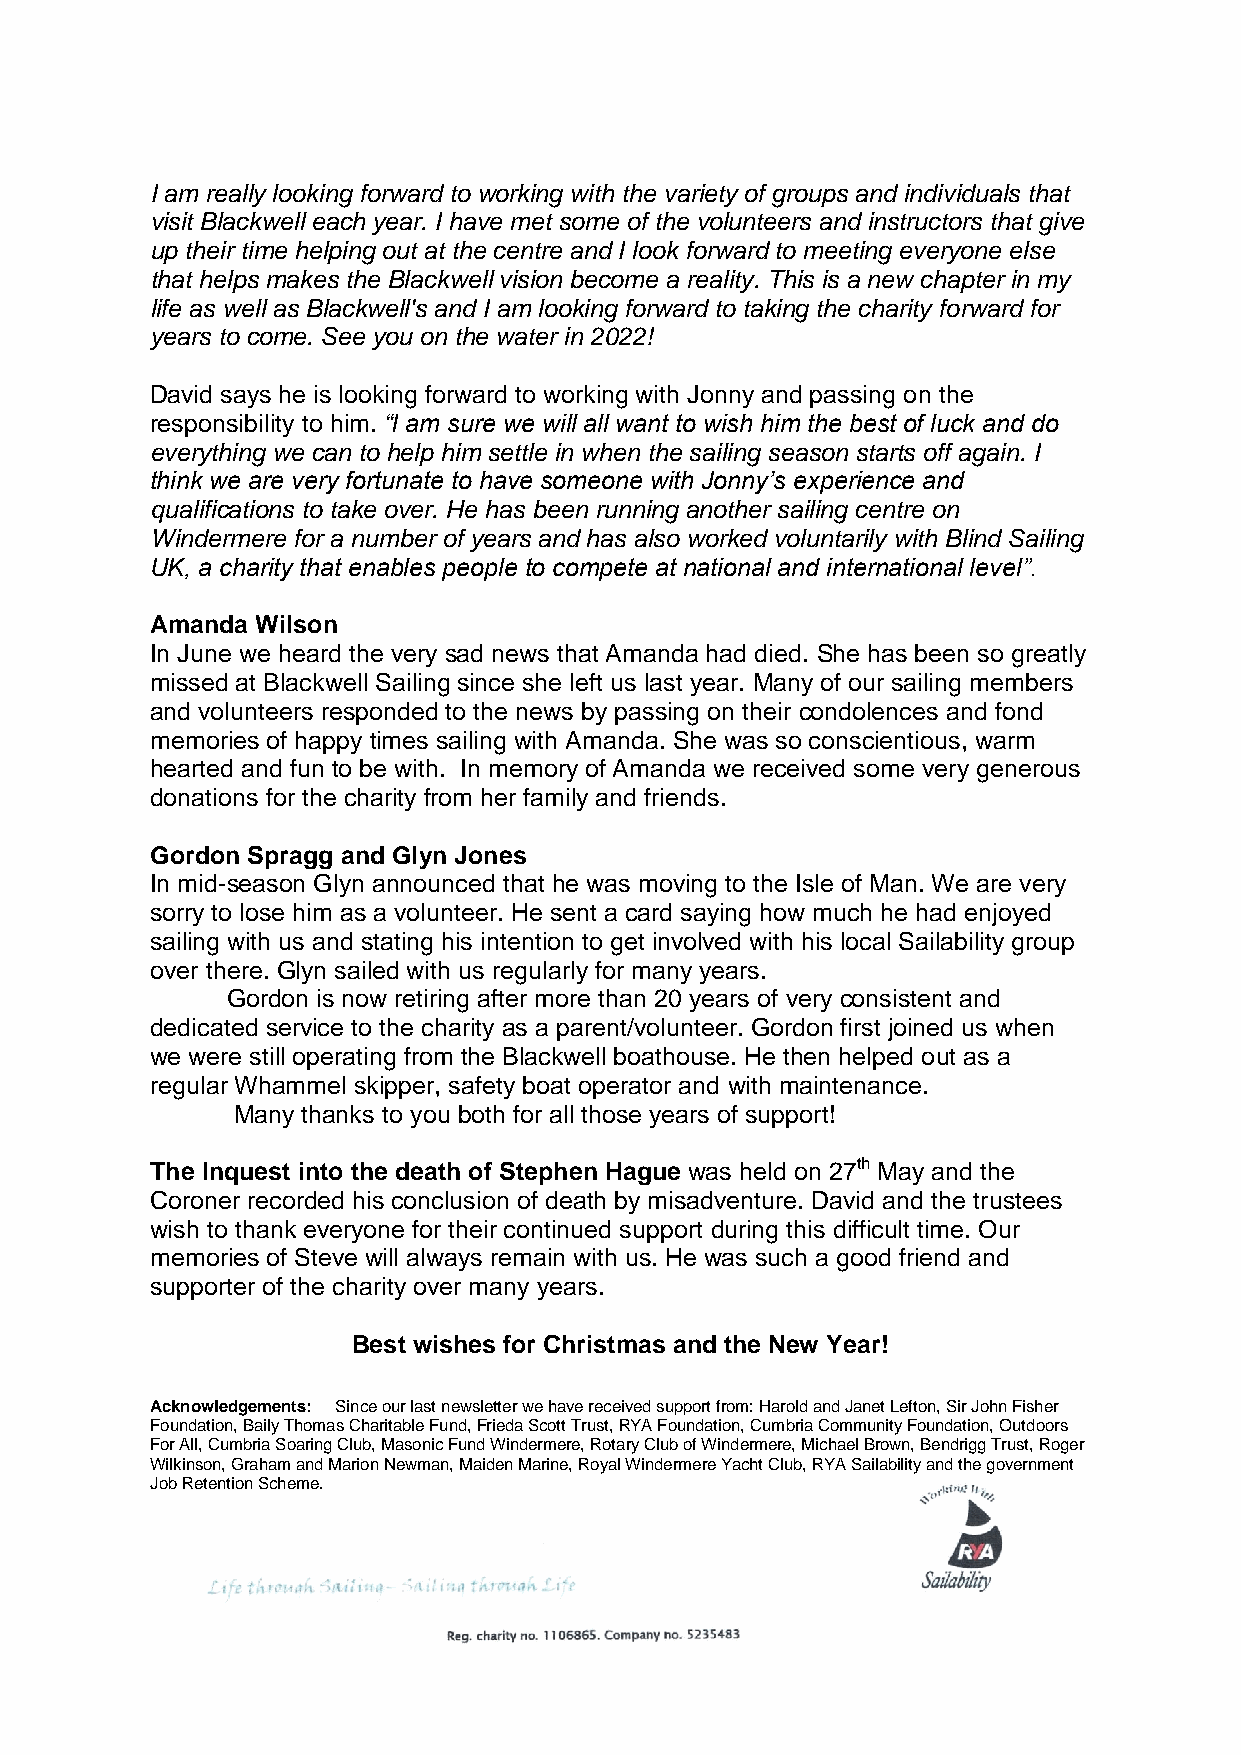
I am really looking forward to working with the variety of groups and individuals that
 visit Blackwell each year. I have met some of the volunteers and instructors that give
 up their time helping out at the centre and I look forward to meeting everyone else
 that helps makes the Blackwell vision become a reality. This is a new chapter in my
 life as well as Blackwell's and I am looking forward to taking the charity forward for
 years to come. See you on the water in 2022!
 David says he is looking forward to working with Jonny and passing on the
 responsibility to him. “I am sure we will all want to wish him the best of luck and do
 everything we can to help him settle in when the sailing season starts off again. I
 think we are very fortunate to have someone with Jonny’s experience and
 qualifications to take over. He has been running another sailing centre on
 Windermere for a number of years and has also worked voluntarily with Blind Sailing
 UK, a charity that enables people to compete at national and international level”.
 Amanda Wilson
 In June we heard the very sad news that Amanda had died. She has been so greatly
 missed at Blackwell Sailing since she left us last year. Many of our sailing members
 and volunteers responded to the news by passing on their condolences and fond
 memories of happy times sailing with Amanda. She was so conscientious, warm
 hearted and fun to be with. In memory of Amanda we received some very generous
 donations for the charity from her family and friends.
 Gordon Spragg and Glyn Jones
 In mid-season Glyn announced that he was moving to the Isle of Man. We are very
 sorry to lose him as a volunteer. He sent a card saying how much he had enjoyed
 sailing with us and stating his intention to get involved with his local Sailability group
 over there. Glyn sailed with us regularly for many years.
 Gordon is now retiring after more than 20 years of very consistent and
 dedicated service to the charity as a parent/volunteer. Gordon first joined us when
 we were still operating from the Blackwell boathouse. He then helped out as a
 regular Whammel skipper, safety boat operator and with maintenance.
 Many thanks to you both for all those years of support!
 The Inquest into the death of Stephen Hague was held on 27th May and the
 Coroner recorded his conclusion of death by misadventure. David and the trustees
 wish to thank everyone for their continued support during this difficult time. Our
 memories of Steve will always remain with us. He was such a good friend and
 supporter of the charity over many years.
 Best wishes for Christmas and the New Year!
 Acknowledgements: Since our last newsletter we have received support from: Harold and Janet Lefton, Sir John Fisher
 Foundation, Baily Thomas Charitable Fund, Frieda Scott Trust, RYA Foundation, Cumbria Community Foundation, Outdoors
 For All, Cumbria Soaring Club, Masonic Fund Windermere, Rotary Club of Windermere, Michael Brown, Bendrigg Trust, Roger
 Wilkinson, Graham and Marion Newman, Maiden Marine, Royal Windermere Yacht Club, RYA Sailability and the government
 Job Retention Scheme.